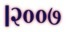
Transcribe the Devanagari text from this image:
।२००७